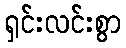
ရှင်းလင်းစွာ